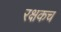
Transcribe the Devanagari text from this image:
रक्षकच